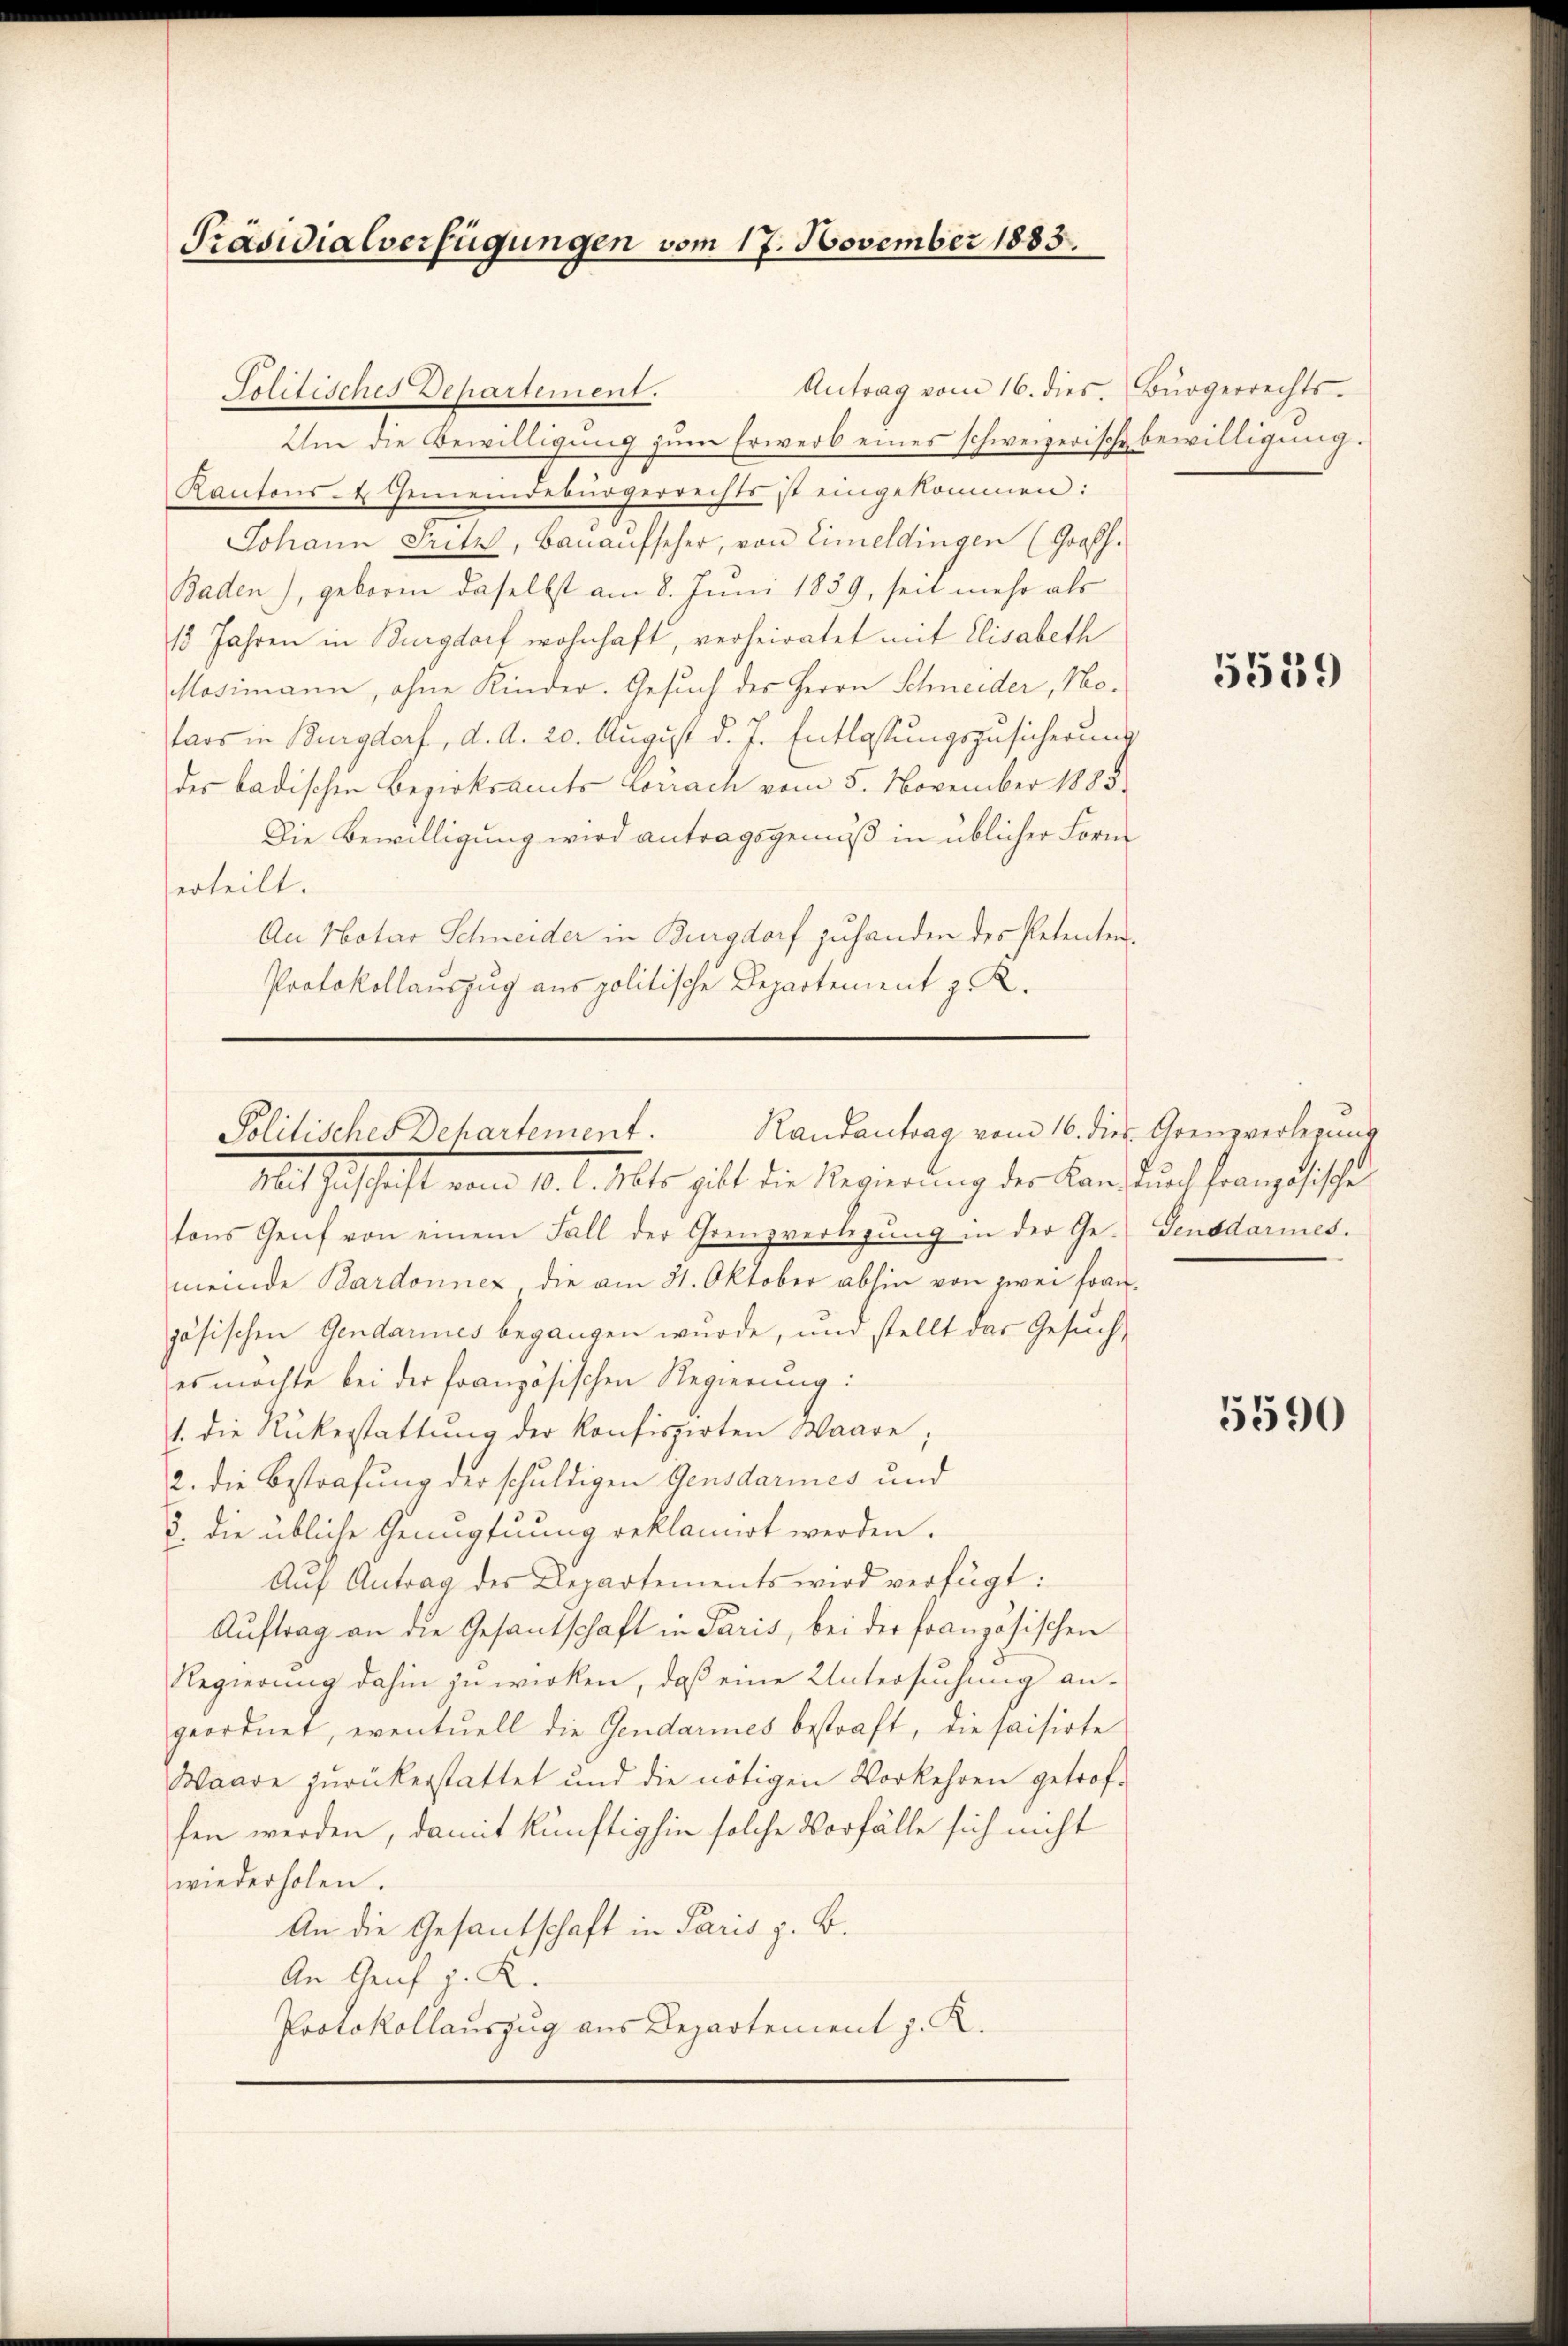
Präsidialverfügungen vom 17. November 1883.

Antrag vom 16. dies. Bürgerrechts-
Um die Bewilligung zum Erwerb eines schweizerische Bewilligung.
Kantons- & Gemeindebürgerrechts ist eingekommen:
Johann Fritz, Banaŭfseher, von Eimeldingen (Großh.
Baden), geboren daselbst am 8. Juni 1859, seit mehr als
15 Jahren in Burgdorf wohnhaft, verheiratet mit Elisabeth
Mosimann, ohne Kinder. Gesuch des Herrn Schneider, Notars in Burgdorf, d. d. 20. August d. J. Entlassungszusicherung
des badischen Bezirksamts Corrach vom 5. November 1888
Die Bewilligung wird antragsgemäß in üblicher Form
erteilt.
An Notar Schneider in Burgdorf zuhanden des Petenten¬
Protokollauszug aus politische Departement z. R.

Politisches Departement.

Randantrag vom 16. dies Grenzverlegung
Politisches Departement.
Mit Geschaft vom 10. d. Mts. gelt die Regierdung der Land durch franzgesetzte

tons Genf von einem Fall der Grenzverlegŭng in der Ge- Gensdarmes.
meinde Bardonnex die am 31. Oktober abhin von zwei Französischen Gendarines begangen wurde, und stellt das Gesuches möchte bei der französischen Regierung:
1. die Rükerstattung der konfiszirten Waare,
2. die Bestrafung der schuldigen Gensdarmes und
8. die übliche Genügtuung reklamirt werden.
Aŭf Antrag des Departements wird verfügt:
Auftrag an die Gesantschaft in Paris, bei der französischen
Regierung dahin zu wirken, daß eine Untersuchung an-
geordnet, eventuell die Gendarmes bestraft, die saisirte
Waare zurückerstattet und die nötigen Vorkehren getrof-
hen werden, damit künftighin solche Vorfälle sich nicht
wiederholen.
An die Gesantschaft in Paris z. B.
An Genf z. K.
Protokollauszug aus Departement z. K.

5539

5590